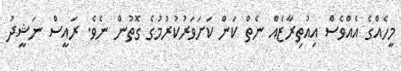
މީހެއްގެ އެއްވެސް އިއުތިރާޒެއް ނެތް ކަން ކަށަވަރުކުރުމުގެ ގޮތުން ނެވެ. ރައީސް ނަޝީދު